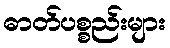
ဓာတ်ပစ္စည်းများ